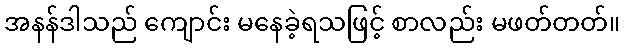
အနန်ဒါသည် ကျောင်း မနေခဲ့ရသဖြင့် စာလည်း မဖတ်တတ်။